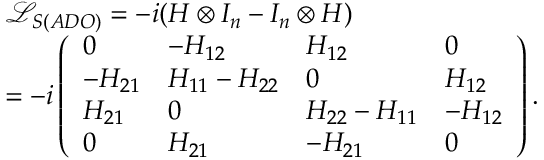
\begin{array} { r l } & { { \mathcal { L } _ { S ( A D O ) } } = - i ( H \otimes { { I } _ { n } } - { { I } _ { n } } \otimes H ) } \\ & { = - i \left( \begin{array} { l l l l } { 0 } & { - { { H } _ { 1 2 } } } & { { { H } _ { 1 2 } } } & { 0 } \\ { - { { H } _ { 2 1 } } } & { { { H } _ { 1 1 } } - { { H } _ { 2 2 } } } & { 0 } & { { { H } _ { 1 2 } } } \\ { { { H } _ { 2 1 } } } & { 0 } & { { { H } _ { 2 2 } } - { { H } _ { 1 1 } } } & { - { { H } _ { 1 2 } } } \\ { 0 } & { { { H } _ { 2 1 } } } & { - { { H } _ { 2 1 } } } & { 0 } \end{array} \right) . } \end{array}